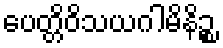
ပေတ္တိဝိသယဂါမိနိဉ္စ